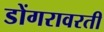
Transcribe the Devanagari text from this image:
डोंगरावरती